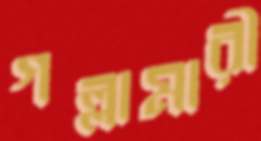
গল্লামারী